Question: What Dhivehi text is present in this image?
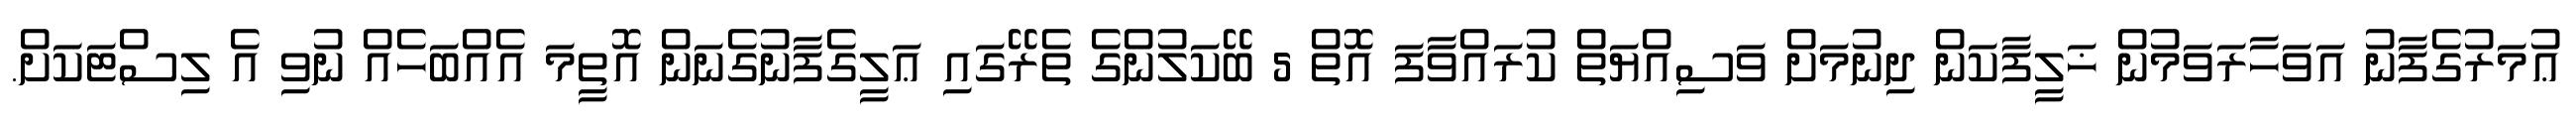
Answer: ޢުމަރުގެފާނު އަވަހާރަވަމުން ޚަލީފާކަން ދިނުމަށް ވަސިއްޔަތް ކުރައްވާފަ އޮތް 5 ބޭކަލުންގެ ތެރޭގައި ޢަލީގެފާނުގެނަން އޮތީމަ އެއްބަހެއް ނުވި އެ ލިސްޓަކަށް.